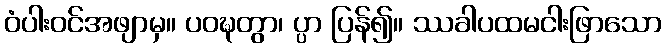
ဝံပါးဝင်အဖျာမှ။ ပဝဍ္ဎတွာ၊ ပ္ပာ ပြန်၍။ ဿခါပထမငါးဖြာသော